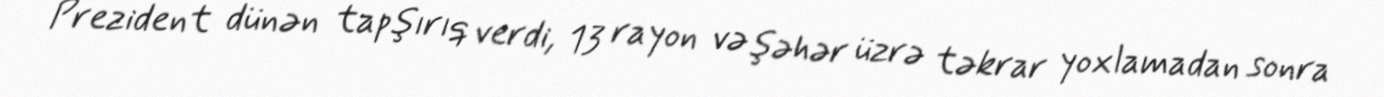
Prezident dünən tapşırıq verdi, 13 rayon və şəhər üzrə təkrar yoxlamadan sonra